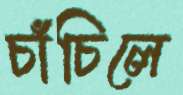
চাঁচিলে